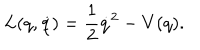
L ( q , \dot { q } ) = \frac { 1 } { 2 } \dot { q } ^ { 2 } - V ( q ) .